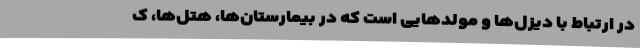
در ارتباط با دیزل‌ها و مولدهایی است که در بیمارستان‌ها، هتل‌ها، ک